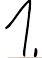
1.